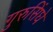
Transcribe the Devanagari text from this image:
गुरुसिंघे